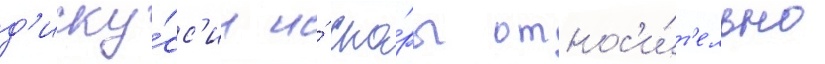
д'иску́сс'ии и́ спо́ры относ'и́т'ельно